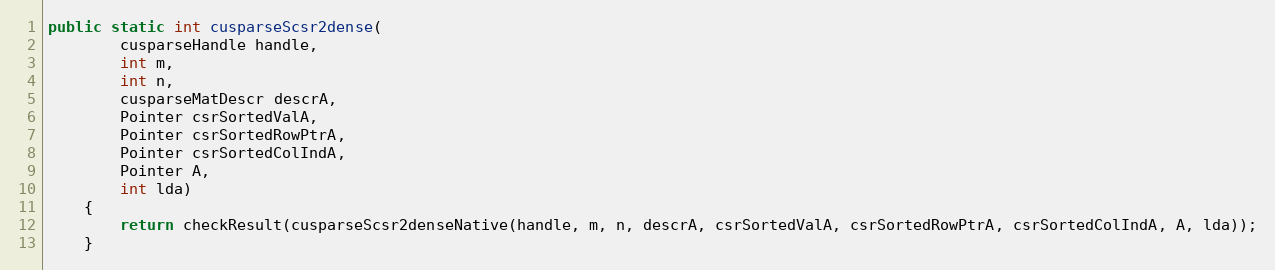
Language: Java
public static int cusparseScsr2dense(
        cusparseHandle handle,
        int m,
        int n,
        cusparseMatDescr descrA,
        Pointer csrSortedValA,
        Pointer csrSortedRowPtrA,
        Pointer csrSortedColIndA,
        Pointer A,
        int lda)
    {
        return checkResult(cusparseScsr2denseNative(handle, m, n, descrA, csrSortedValA, csrSortedRowPtrA, csrSortedColIndA, A, lda));
    }